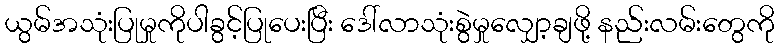
ယွမ်အသုံးပြုမှုကိုပါခွင့်ပြုပေးပြီး ဒေါ်လာသုံးစွဲမှုလျှော့ချဖို့ နည်းလမ်းတွေကို